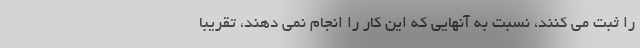
را ثبت می کنند، نسبت به آنهایی که این کار را انجام نمی دهند، تقریبا